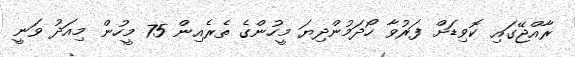
ރާއްޖޭގައި ކޮވިޑަށް ފަރުވާ ހޯދަމުންދިޔަ މީހުންގެ ތެރެއިން 75 މީހުން މިއަދު ވަނީ